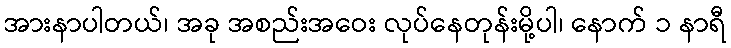
အားနာပါတယ်၊ အခု အစည်းအဝေး လုပ်နေတုန်းမို့ပါ၊ နောက် ၁ နာရီ